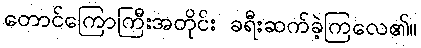
တောင်ကြောကြီးအတိုင်း ခရီးဆက်ခဲ့ကြလေ၏။